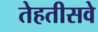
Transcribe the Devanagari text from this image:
तेहतीसवे